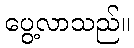
ပွေ့လာသည်။